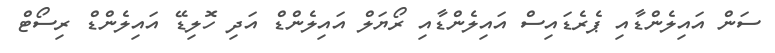
ސަން އައިލެންޑާއި ޕެރެޑައިސް އައިލެންޑާއި ރޯޔަލް އައިލެންޑް އަދި ހޮލިޑޭ އައިލެންޑް ރިސޯޓް